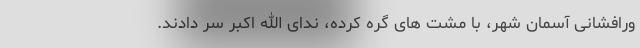
ورافشانی آسمان شهر، با مشت های گره کرده، ندای الله اکبر سر دادند.